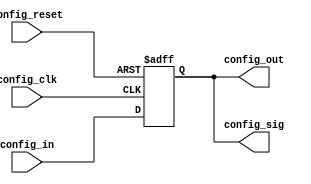
// Module Name: config_cell
// Module Type: CONFIG_CELL 
// Include Module:
// Input Ports: 
// Output Ports:
// Special Ports: config_clk config_reset config_in config_out config_sig
// Config Width: 

module config_cell(config_clk, config_reset, config_in, config_out, config_sig);
    parameter size = 1;
    input config_clk, config_reset, config_in;
    output config_out;
    output [size-1:0] config_sig;
    reg [size-1:0] temp;

    always @(posedge config_clk, posedge config_reset)
        if (config_reset)
            temp = 0;
        else
            begin
                temp = temp >> 1;
                temp[size-1] = config_in;
            end
    assign config_sig = temp;
    assign config_out = temp[0];
endmodule